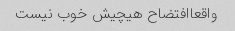
واقعاافتضاح هیچیش خوب نیست